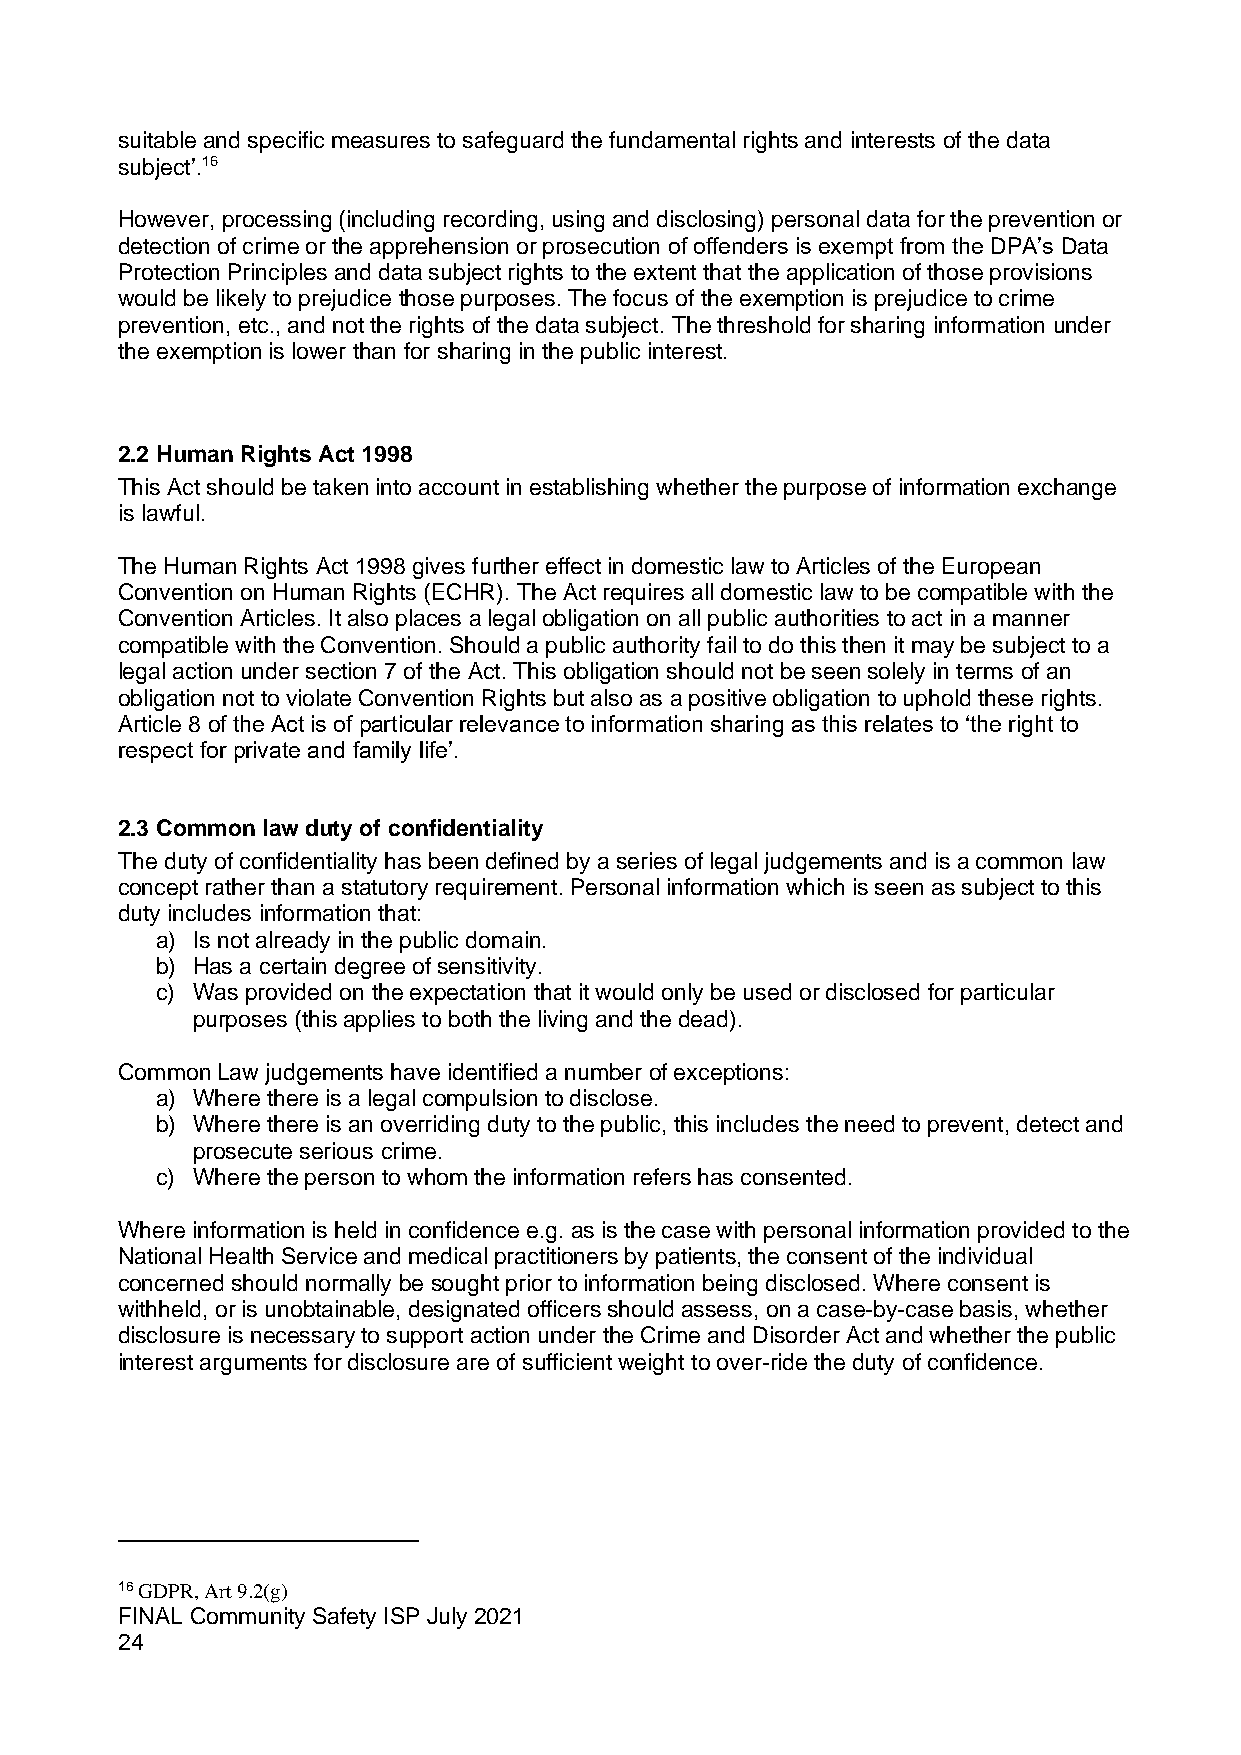
suitable and specific measures to safeguard the fundamental rights and interests of the data
 subject’.16
 However, processing (including recording, using and disclosing) personal data for the prevention or
 detection of crime or the apprehension or prosecution of offenders is exempt from the DPA’s Data
 Protection Principles and data subject rights to the extent that the application of those provisions
 would be likely to prejudice those purposes. The focus of the exemption is prejudice to crime
 prevention, etc., and not the rights of the data subject. The threshold for sharing information under
 the exemption is lower than for sharing in the public interest.
 2.2 Human Rights Act 1998
 This Act should be taken into account in establishing whether the purpose of information exchange
 is lawful.
 The Human Rights Act 1998 gives further effect in domestic law to Articles of the European
 Convention on Human Rights (ECHR). The Act requires all domestic law to be compatible with the
 Convention Articles. It also places a legal obligation on all public authorities to act in a manner
 compatible with the Convention. Should a public authority fail to do this then it may be subject to a
 legal action under section 7 of the Act. This obligation should not be seen solely in terms of an
 obligation not to violate Convention Rights but also as a positive obligation to uphold these rights.
 Article 8 of the Act is of particular relevance to information sharing as this relates to ‘the right to
 respect for private and family life’.
 2.3 Common law duty of confidentiality
 The duty of confidentiality has been defined by a series of legal judgements and is a common law
 concept rather than a statutory requirement. Personal information which is seen as subject to this
 duty includes information that:
 a) Is not already in the public domain.
 b) Has a certain degree of sensitivity.
 c) Was provided on the expectation that it would only be used or disclosed for particular
 purposes (this applies to both the living and the dead).
 Common Law judgements have identified a number of exceptions:
 a) Where there is a legal compulsion to disclose.
 b) Where there is an overriding duty to the public, this includes the need to prevent, detect and
 prosecute serious crime.
 c) Where the person to whom the information refers has consented.
 Where information is held in confidence e.g. as is the case with personal information provided to the
 National Health Service and medical practitioners by patients, the consent of the individual
 concerned should normally be sought prior to information being disclosed. Where consent is
 withheld, or is unobtainable, designated officers should assess, on a case-by-case basis, whether
 disclosure is necessary to support action under the Crime and Disorder Act and whether the public
 interest arguments for disclosure are of sufficient weight to over-ride the duty of confidence.
 16 GDPR, Art 9.2(g)
 FINAL Community Safety ISP July 2021
 24